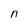
Character: n